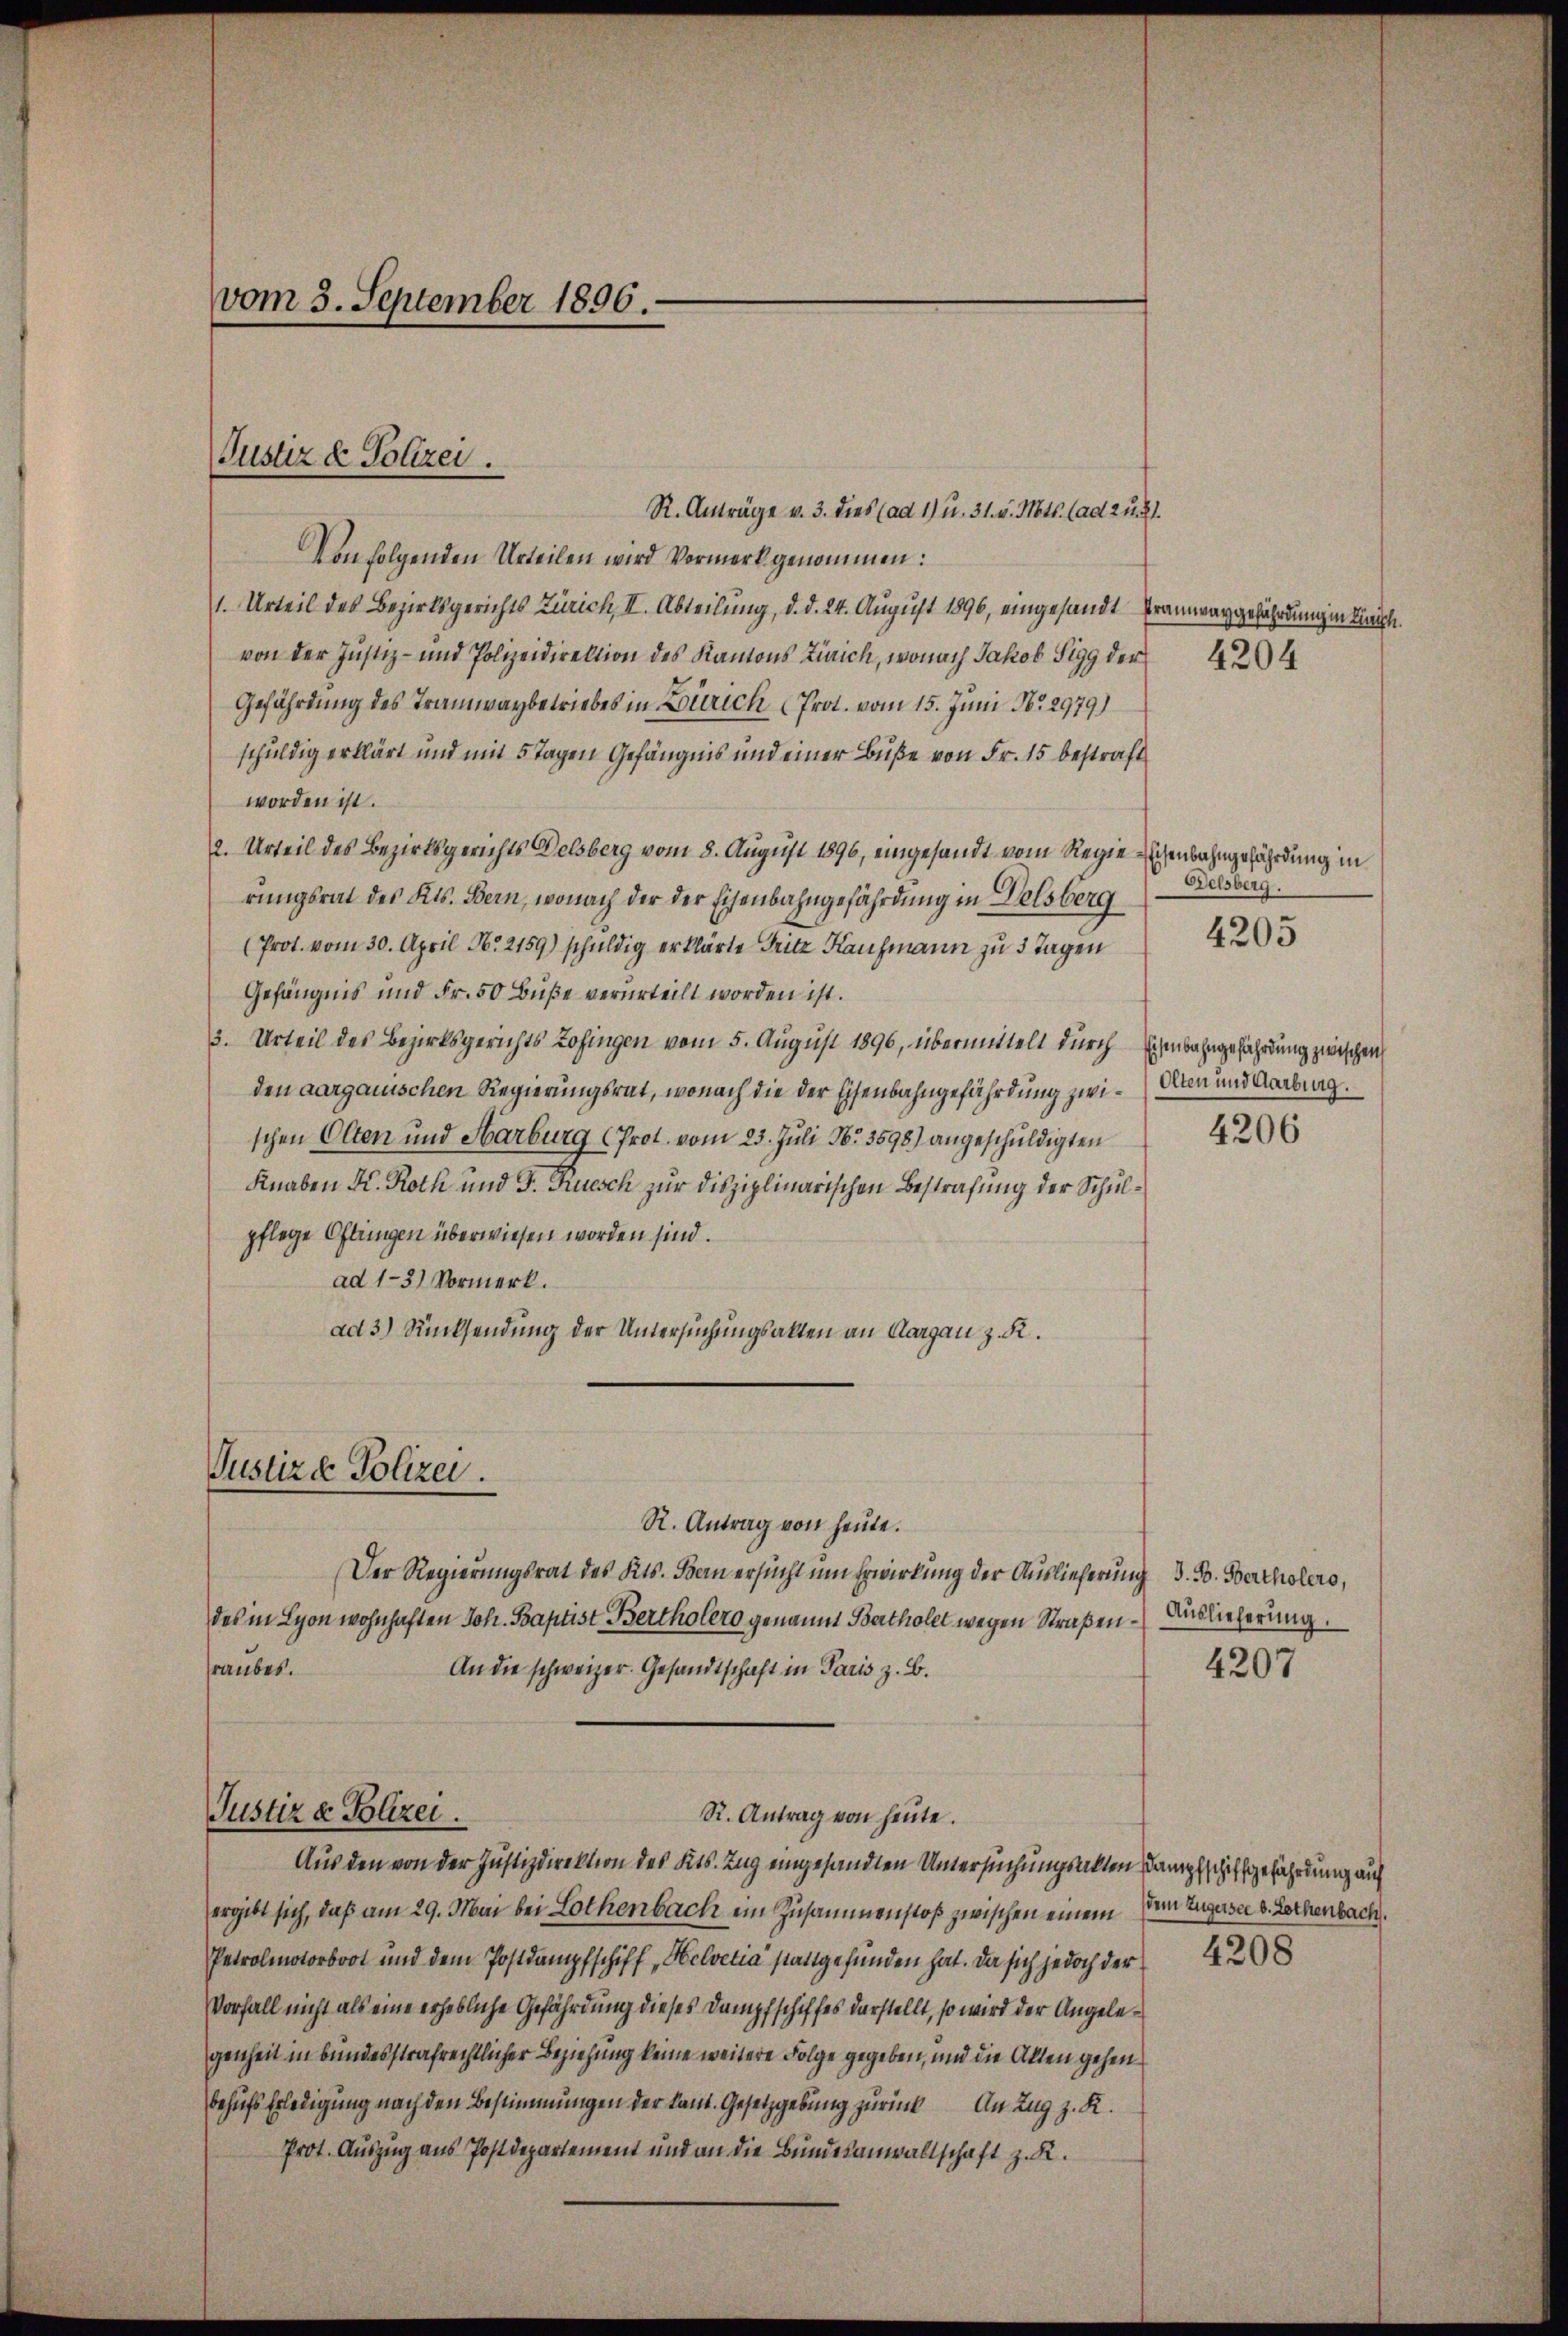
vom 3. September 1896.

Justiz & Polizei.

R. Anträge v. 3. dies (ad 1) u. 31. v. Mts. (ad 2 u. 1.
Von folgenden Urteilen wird Vormerk genommen:
1. Urteil des Bezirksgerichts Zürich, II. Abteilung, d. d. 24. August 1890, eingesandt Tramwaggefährdung in Kirch
von der Justiz- und Polizeidirektion des Kantons Zürich, wonach Jakob Sigg der
Gefährdung des Tramwaybetriebes in Zürich Prot. vom 15. Juni Nr. 2979)
schuldig erklärt und mit 5 Tagen Gefängnis und einer Buße von Fr. 15 bestraft
worden ist.
2. Urteil des Bezirksgerichts Delsberg vom 8. August 1896, eingesandt vom Regie Eisenbahngefährdung in
rungsrat des Kts. Bern, wonach der der Eisenbahngefährdung in Welsberg
Prot. vom 30. April No 2159) schuldig erklärte Seite Kaufmann zu 3 Tagen
Gefängnis und Fr. 50 Buße verurteilt worden ist.
3. Urteil des Bezirksgerichts Zofingen vom 5. August 1896, übermittelt durch Eisenbahngefährdung zwischen
den aargauischen Regierungsrat, wonach die der Eisenbahngefährdung zwi-Alten und Aarbring.
schen Olten und Harburg (Prot. vom 23. Juli No. 3598) angeschuldigten
Knaben K. Roth und F. Ruesch zur Disziplinarischen Bestrafung der Schulpflege Oftungen überwiesen worden sind.
ad 1-3) Vormerk.
ad 3.) Rücksendung der Untersuchungsakten an Aargau z. R.

Justiz & Polizei.

R. Antrag von heute.
Der Regierungsrat des Kts. Bern ersucht um Erwirkung der Auslieferung 3. F. Bertholers,
des in Lyon wohnhaften Joh. Baptist Bertholero genannt Bartholet wegen Straßenraubes.
An die schweizer. Gesandtschaft in Paris z. B.

Justiz & Polizei.
R. Antrag von heute.

Aus den von der Justizdirektion des Kts. Zug eingesandten Untersuchungsakten Dampfschiffgefährdung auf
ergibt sich, daß am 29. Mai bei Lothenbach ein Zusammenstoß zwischen einem Dein Zugersee d. Lothenbach.
Petrolmotorboot und dem Postdampfschiff „Helvetia stattgefunden hat. Da sich jedoch der
Vorfall nicht als eine erhebliche Gefährdung dieses Dampfschiffes darstellt, so wird der Angelegenheit in bundesstrafrechtlicher Beziehung keine weitere Folge gegeben, und die Alten gehen
behufs Erledigung nach den Bestimmungen der kant. Gesetzgebung zurück An Zug z. R.
Prot. Auszug aus Postdepartement und an die Bundesanwaltschaft z. R.

4204

Delsberg.

4205

4206

Auslieferung.

4207

4208